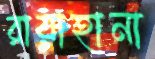
রায়াহানা